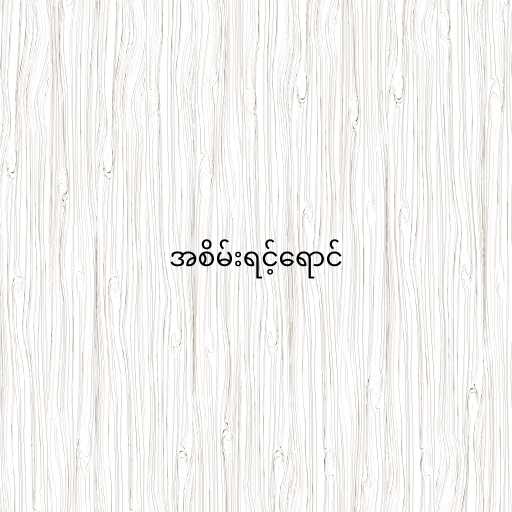
အစိမ်းရင့်ရောင်